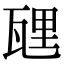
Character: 瓼